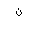
Letter: _non